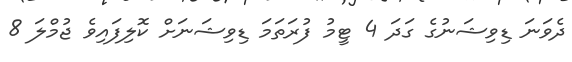
ދެވަނަ ޑިވިޝަނުގެ ގަދަ 4 ޓީމު ފުރަތަމަ ޑިވިޝަނަށް ކޮލިފައިވެ ޖުމްލަ 8